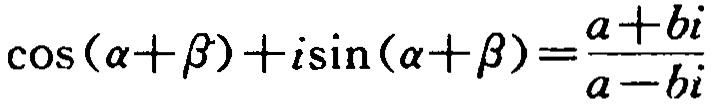
\(\cos(\alpha+\beta)+i\sin(\alpha+\beta)=\frac{a + bi}{a - bi}\)